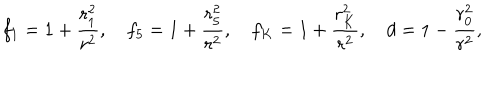
f _ { 1 } = 1 + { \frac { r _ { 1 } ^ { 2 } } { r ^ { 2 } } } , ~ f _ { 5 } = 1 + { \frac { r _ { 5 } ^ { 2 } } { r ^ { 2 } } } , ~ f _ { K } = 1 + { \frac { r _ { K } ^ { 2 } } { r ^ { 2 } } } , ~ d = 1 - { \frac { r _ { 0 } ^ { 2 } } { r ^ { 2 } } } ,